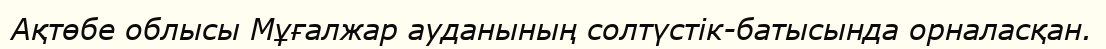
Ақтөбе облысы Мұғалжар ауданының солтүстік-батысында орналасқан.